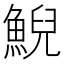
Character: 鯢